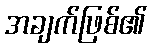
အချက်ဖြစ်၏